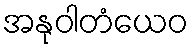
အနုဝါတံယေဝ